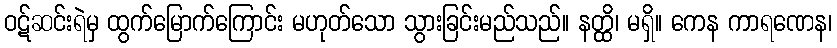
ဝဋ်ဆင်းရဲမှ ထွက်မြောက်ကြောင်း မဟုတ်သော သွားခြင်းမည်သည်။ နတ္ထိ၊ မရှိ။ ကေန ကာရဏေန၊